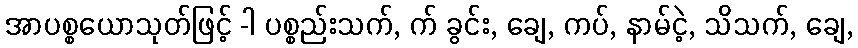
အာပစ္စယောသုတ်ဖြင့် -ါ ပစ္စည်းသက်, က် ခွင်း, ချေ, ကပ်, နာမ်ငဲ့, သိသက်, ချေ,